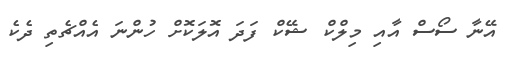
އޭނާ ސޯސް އާއި މިލްކް ޝޭކް ފަދަ އޮލަކޮށް ހުންނަ އެއްޗެތި ދެކެ